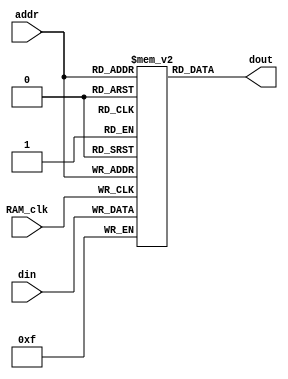
/*module DG0045_RAM_256bit(
           input   wire RAM_clk  ,
           input   wire[5:0] addr ,
           input   wire[3:0]din  ,
           output wire[3:0]dout
          );
 
reg [3:0] mem [0:63];
always @(posedge RAM_clk)
begin
        mem [addr] <= din;
end

           assign   dout = mem [addr] ;

endmodule*/
module DG0045_RAM_256bit(
           input   wire RAM_clk  ,
           input   wire[5:0] addr ,
           input   wire[3:0]din  ,
           output wire[3:0]dout
          );
 
           reg [3:0] mem [0:63];
 
always @(posedge RAM_clk)
begin
        mem [addr] <= din;
end

assign   dout = mem [addr] ;

endmodule